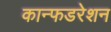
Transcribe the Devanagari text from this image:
कान्फडरेशन